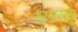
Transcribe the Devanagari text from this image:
उपसद्